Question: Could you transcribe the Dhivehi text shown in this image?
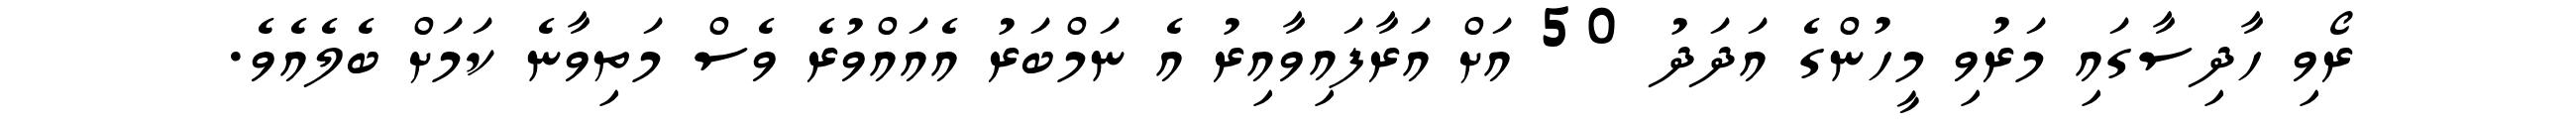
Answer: ރޯވި ހާދިސާގައި މަރުވި މީހުންގެ އަދަދު 50 އަށް އަރާފައިވާއިރު އެ ނަމްބަރު އެއައްވުރެ ވެސް މަތިވާނެ ކަމަށް ބެލެއެވެ.